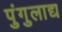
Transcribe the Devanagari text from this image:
पुंगुलाद्य